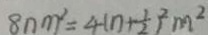
8 n m ^ { 2 } = 4 ( n + \frac { 1 } { 2 } ) ^ { 2 } m ^ { 2 }